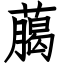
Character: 﨟